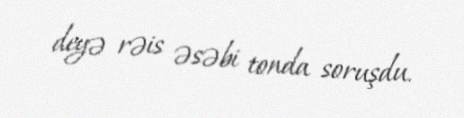
deyə rəis əsəbi tonda soruşdu.